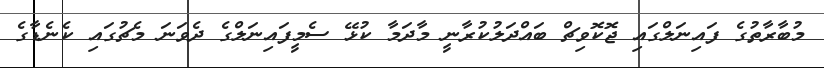
މުބާރާތުގެ ފައިނަލްގައި ޖޮކޮވިޗް ބައްދަލުކުރާނީ މާދަމާ ކުޅޭ ސެމީފައިނަލްގެ ދެވަނަ މެޗުގައި ކެނެޑާގެ